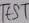
Text: TEST